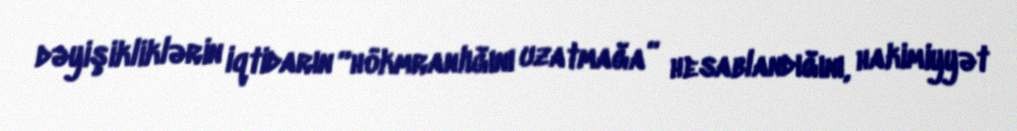
dəyişikliklərin iqtidarın “hökmranlığını uzatmağa” hesablandığını, hakimiyyət